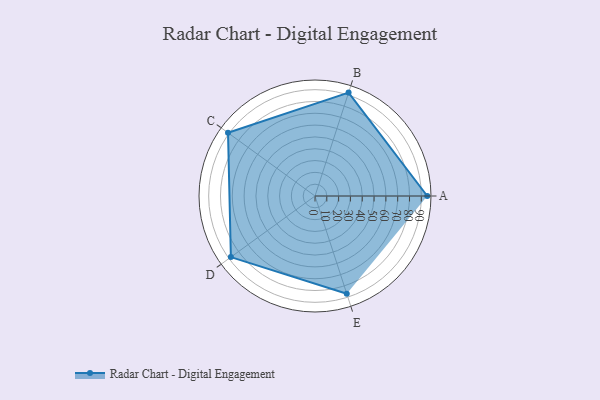
{"axis": {"x": "Skill", "y": "Score"}, "legend": ["Profile"], "data": [{"x": "A", "y": 95.0, "type": "Profile"}, {"x": "B", "y": 92.0, "type": "Profile"}, {"x": "C", "y": 91.0, "type": "Profile"}, {"x": "D", "y": 88.0, "type": "Profile"}, {"x": "E", "y": 87.0, "type": "Profile"}]}